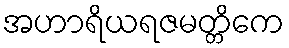
အဟာရိယရဇမတ္တိကေ